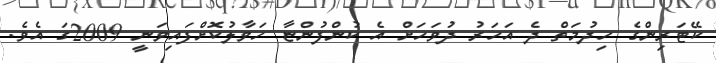
ކޭޓަރިންގެ ހިދުމަތް ދެ އަހަރު ދުވަހަށް އެ ކުންފުންޏާ ހަވާލުކޮށްފައިވަނީ 2009ގަ އެވެ.